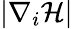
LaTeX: |{\mathbf\nabla}_{i}\mathcal{H}|